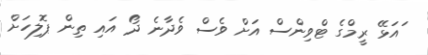
ައަޅޭ ރީމްގެ ޓްވިންސް އަށް ވެސް ވެދާނެ ދޯ އައި ތިން ޕޮލިހަށް